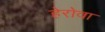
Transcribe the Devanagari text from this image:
हेरोवा